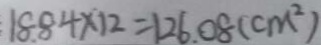
1 8 . 8 4 \times 1 2 = 1 2 6 . 0 8 ( c m ^ { 2 } )